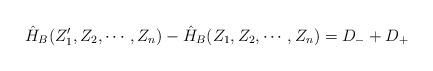
LaTeX: \begin{align*} \hat{H}_B(Z_1',Z_2,\cdots,Z_n)-\hat{H}_B(Z_1,Z_2,\cdots,Z_n) = D_- + D_+ \end{align*}